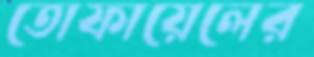
তোফায়েলের